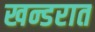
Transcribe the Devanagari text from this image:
खन्डरात